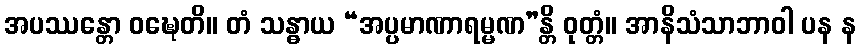
အပဿန္တော ဝဍ္ဎေတိ။ တံ သန္ဓာယ “အပ္ပမာဏာရမ္မဏ”န္တိ ဝုတ္တံ။ အာနိသံသာဘာဝါ ပန န